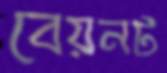
বেয়নট